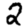
Digit: 2